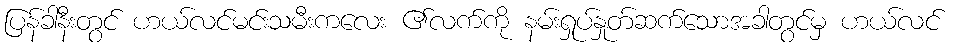
ပြန်ခါနီးတွင် ဟယ်လင်မင်းသမီးကလေး ၏လက်ကို နမ်းရှုပ်နှုတ်ဆက်သောအခါတွင်မှ ဟယ်လင်